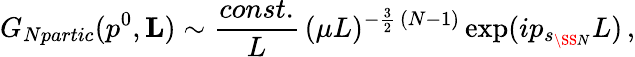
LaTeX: G_{Npartic}(p^{0},{\mathbf L})\sim\frac{const.}{L}\, (\mu L)^{-\frac{3}{2}\, (N-1)}\exp(ip_{s_{\SS N}}L)\, ,